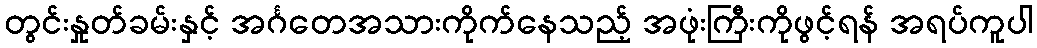
တွင်းနှုတ်ခမ်းနှင့် အင်္ဂတေအသားကိုက်နေသည့် အဖုံးကြီးကိုဖွင့်ရန် အရပ်ကူပါ